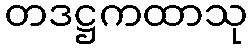
တဒဋ္ဌကထာသု